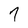
Character: 7